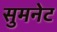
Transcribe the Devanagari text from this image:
सुमनेट